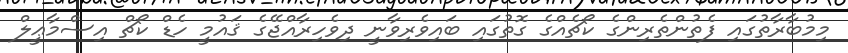
މިމުބާރާތުގައި ފެތުންތެރިންގެ ކޯޗެއްގެ ގޮތުގައި ބައިވެރިވާނީ ދިވެހިރާއްޖޭގެ ޤައުމީ ހެޑް ކޯޗް އިސްމާޢީލް